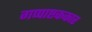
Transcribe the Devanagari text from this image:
गप्पाष्टककार